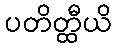
ပတိတ္ထီယိ